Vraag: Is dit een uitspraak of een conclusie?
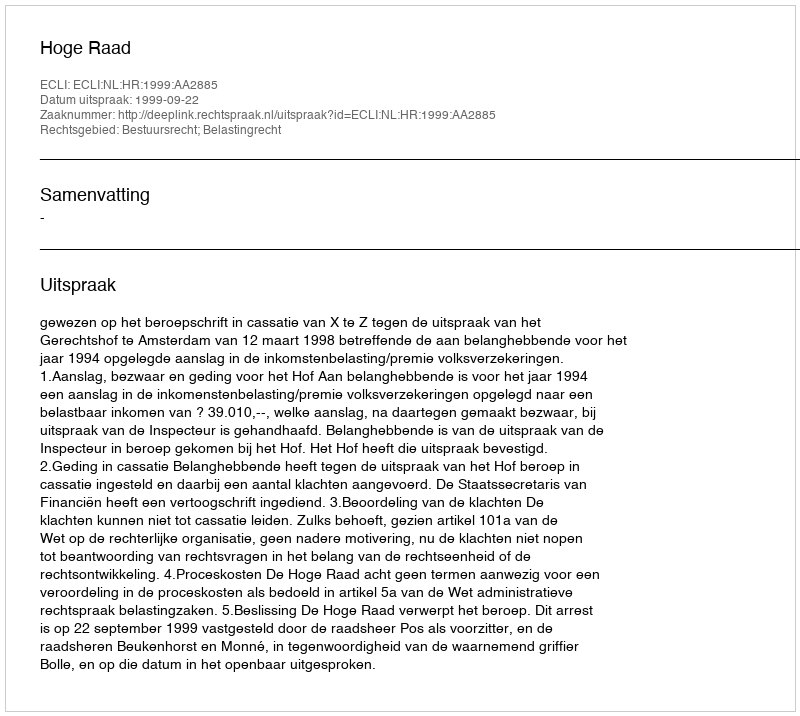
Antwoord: Uitspraak